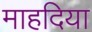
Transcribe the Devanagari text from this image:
माहदिया